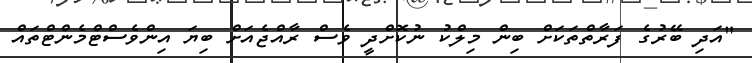
"އަދި ބޭރުގެ ފަރާތްތަކަށް ބިން މިލްކު ނުކޮށްދީ ވެސް ރާއްޖެއަށް ބިޔަ އިންވެސްޓްމެންޓްތައް